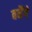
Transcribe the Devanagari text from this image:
बनैंगे